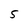
Character: 5